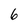
Character: 6